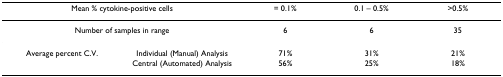
<table><thead><tr><td colspan="2"><b>Mean % cytokine-positive cells</b></td><td><b>= 0.1%</b></td><td><b>0.1 – 0.5%</b></td><td><b>&gt;0.5%</b></td></tr></thead><tbody><tr><td colspan="2">Number of samples in range</td><td>6</td><td>6</td><td>35</td></tr><tr><td>Average percent C.V.</td><td>Individual (Manual) Analysis</td><td>71%</td><td>31%</td><td>21%</td></tr><tr><td></td><td>Central (Automated) Analysis</td><td>56%</td><td>25%</td><td>18%</td></tr></tbody></table>